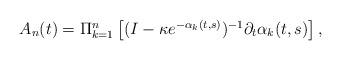
LaTeX: \begin{align*} \begin{array}{ll}A_n (t) = \Pi_{k=1}^n \left[ ( I - \kappa e^{-\alpha_k(t,s)} )^{-1} \partial_t \alpha_k(t,s) \right] ,\end{array} \end{align*}